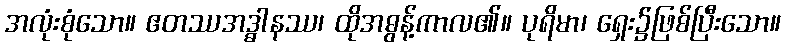
အလုံးစုံသော။ ဧတဿအဒ္ဓါနဿ၊ ထိုအဓွန့်ကာလ၏။ ပုရိမာ၊ ရှေး၌ဖြစ်ပြီးသော။